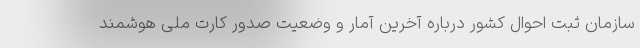
سازمان ثبت احوال کشور درباره آخرین آمار و وضعیت صدور کارت ملی هوشمند